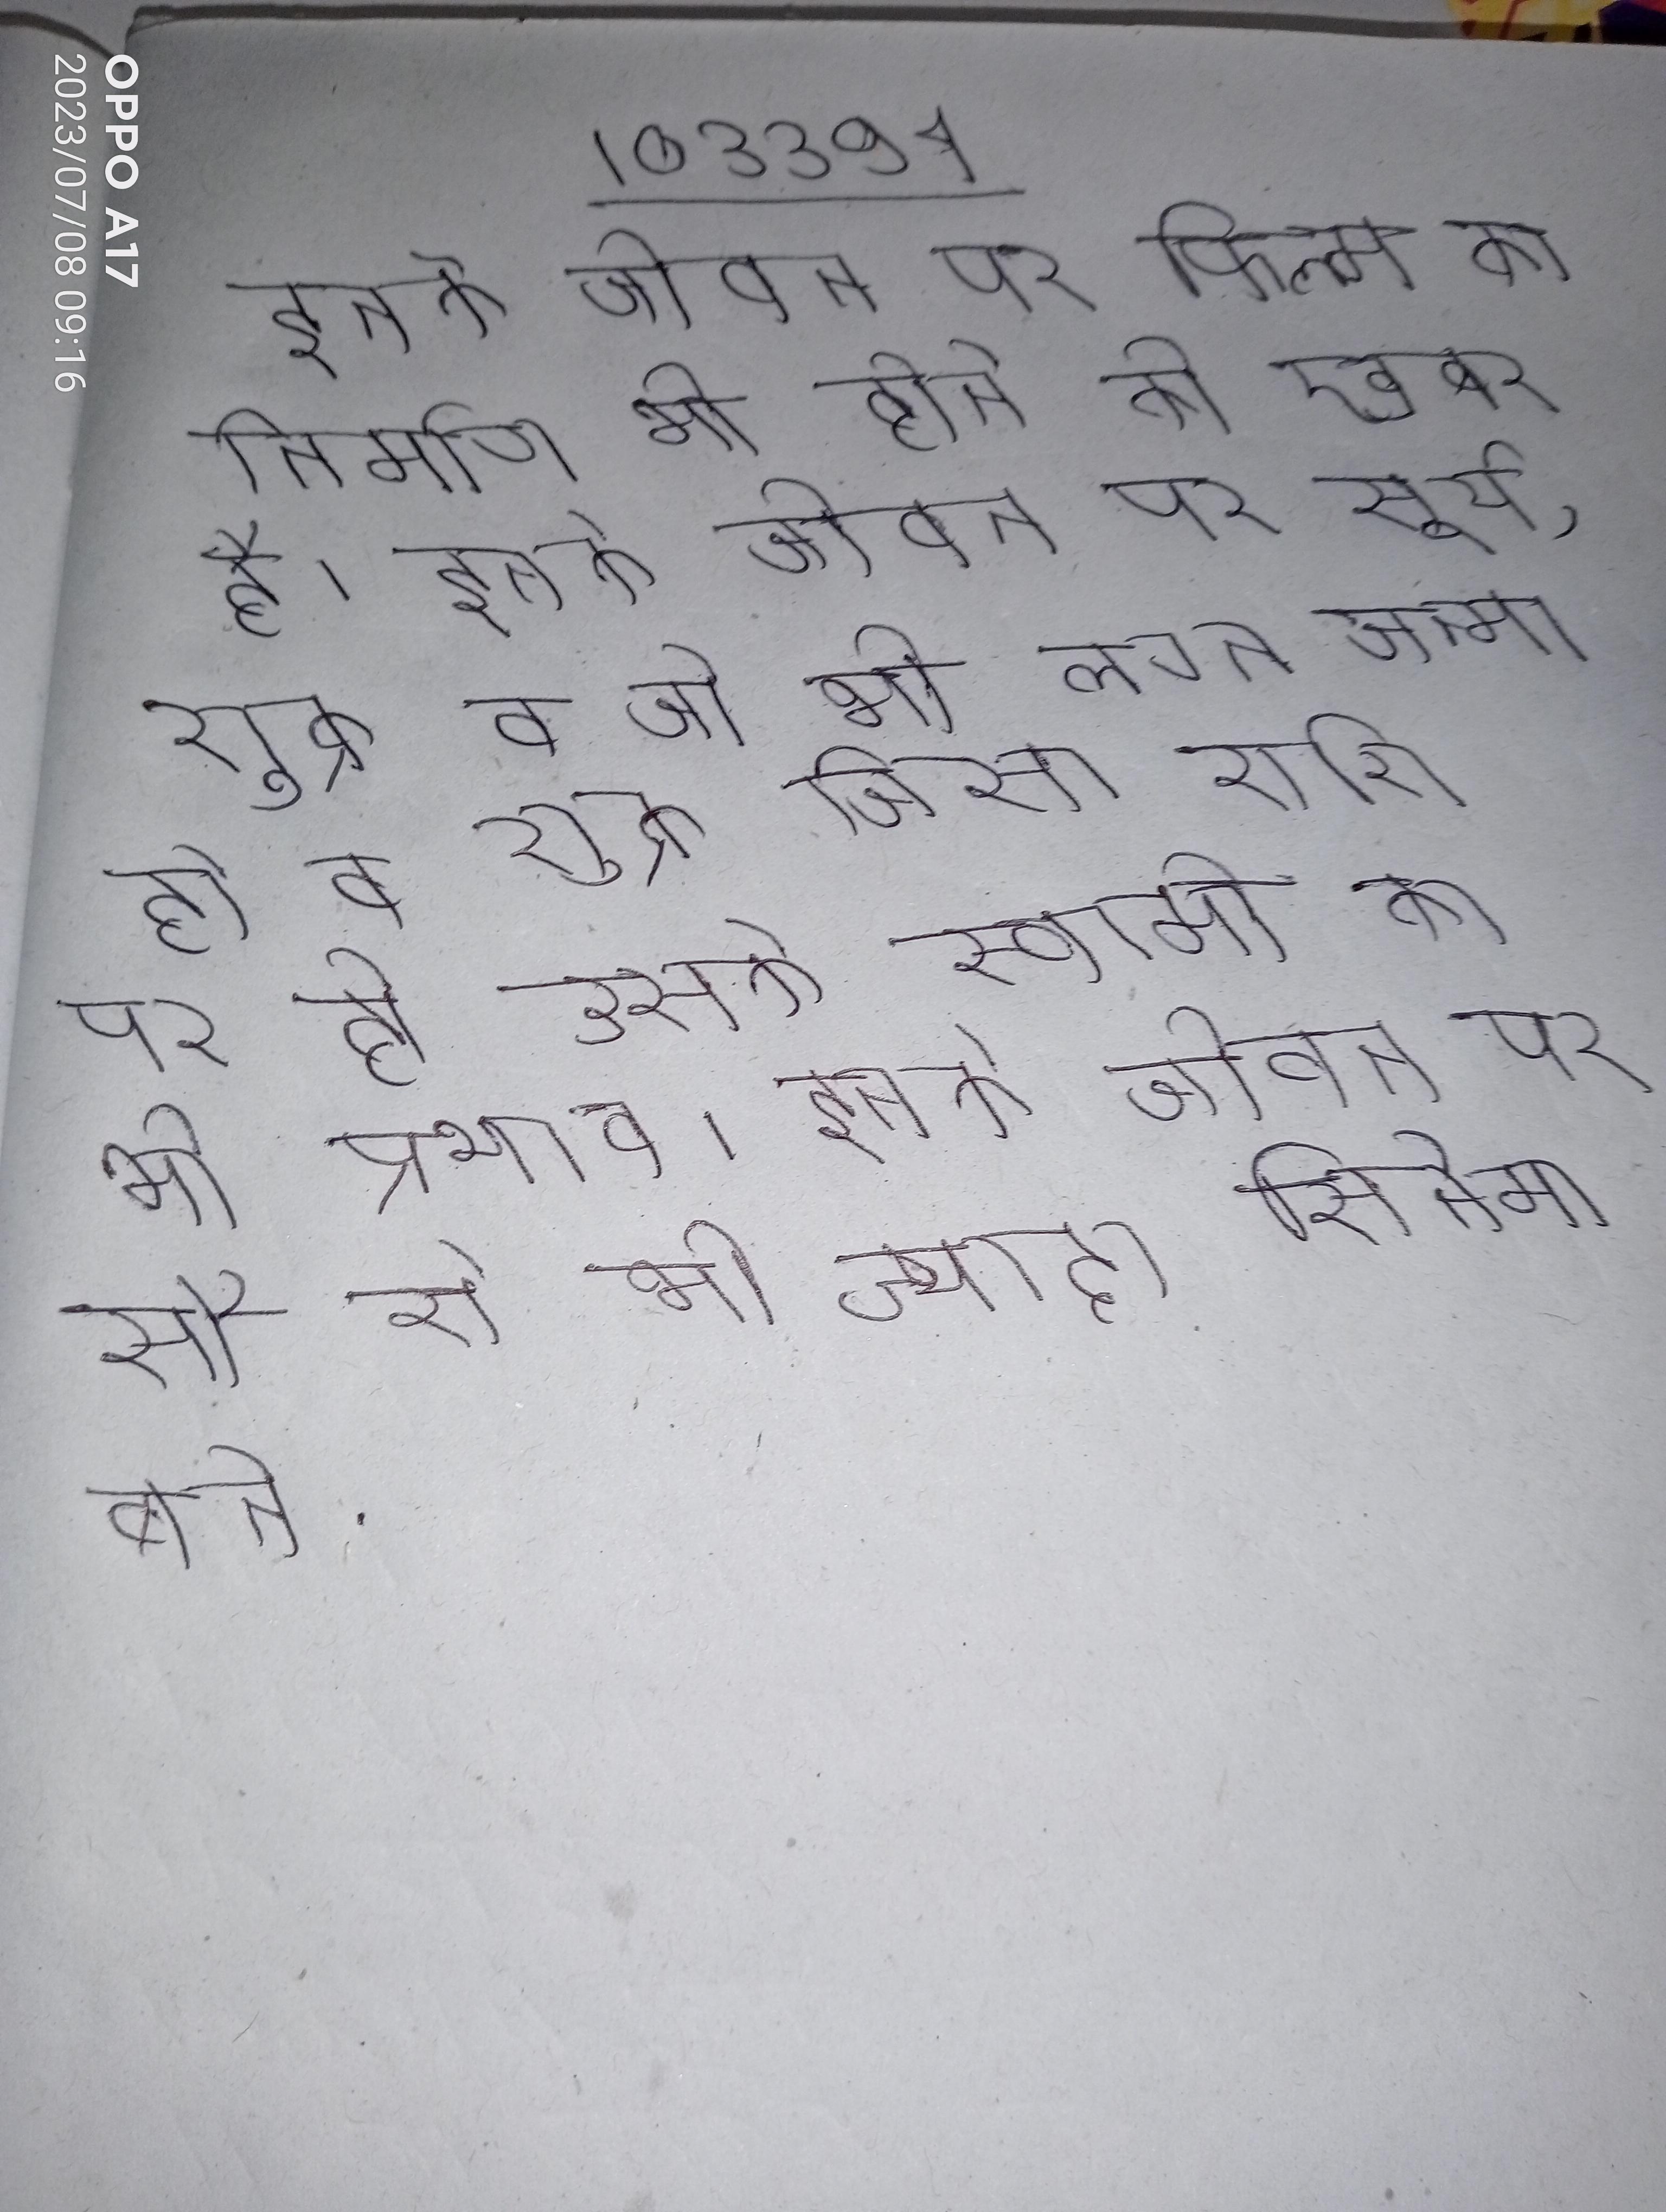
इनके जीवन पर फिल्म का निर्माण भी होने की खबर है । इनके जीवन पर सूर्य, शुक्र व जो भी लग्न जन्मा हो व शुक्र जिस राशि पर हो उसके स्वामी का भी प्रभाव । इनके जीवन पर सौ से भी ज्यादा सिनेमा बने .